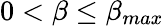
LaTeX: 0<\beta\leq\beta_{max}